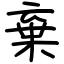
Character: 棄